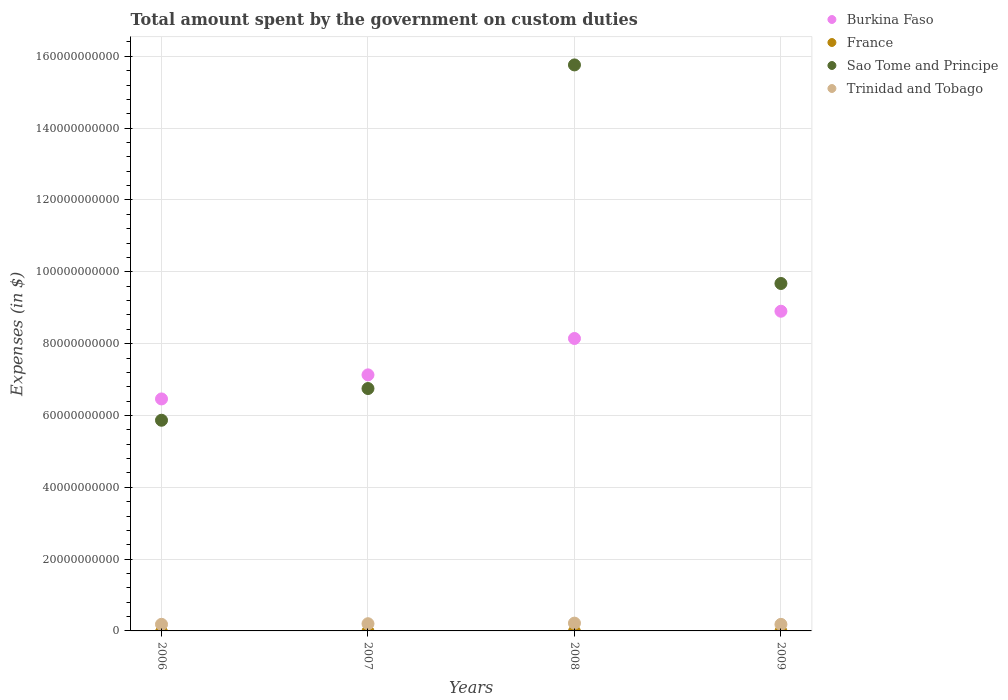
| Years | Burkina Faso | France | Sao Tome and Principe | Trinidad and Tobago |
 | --- | --- | --- | --- | --- |
 | 2006 | 6.46e+10 | -2.53e+08 | 5.87e+10 | 1.84e+09 |
 | 2007 | 7.13e+10 | -9.7e+07 | 6.75e+10 | 2e+09 |
 | 2008 | 8.14e+10 | -1.09e+08 | 1.58e+11 | 2.17e+09 |
 | 2009 | 8.9e+10 | -9.8e+07 | 9.67e+10 | 1.83e+09 |